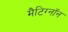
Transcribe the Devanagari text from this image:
मैटिग्नॉन